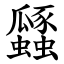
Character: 瓥